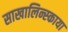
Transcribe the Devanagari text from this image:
साखालिन्स्काया